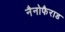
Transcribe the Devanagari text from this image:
नैनोफैराड